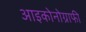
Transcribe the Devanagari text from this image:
आइकोनोग्राफी